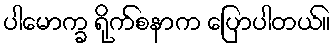
ပါမောက္ခ ရိုက်စနာက ပြောပါတယ်။